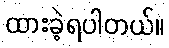
ထားခဲ့ရပါတယ်။